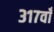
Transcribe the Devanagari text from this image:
३१७वाँ